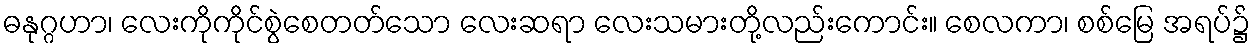
ဓနုဂ္ဂဟာ၊ လေးကိုကိုင်စွဲစေတတ်သော လေးဆရာ လေးသမားတို့လည်းကောင်း။ စေလကာ၊ စစ်မြေ အရပ်၌